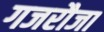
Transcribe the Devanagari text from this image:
गजरौजा